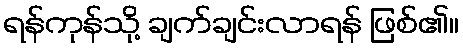
ရန်ကုန်သို့ ချက်ချင်းလာရန် ဖြစ်၏။